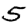
Digit: 5